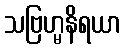
သဗြဟ္မနိရယာ